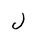
Letter: _lam